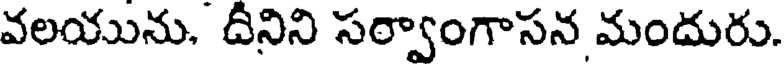
వలయును. దీనిని సర్వాంగాసన మందురు.